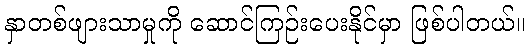
နှာတစ်ဖျားသာမှုကို ဆောင်ကြဉ်းပေးနိုင်မှာ ဖြစ်ပါတယ်။